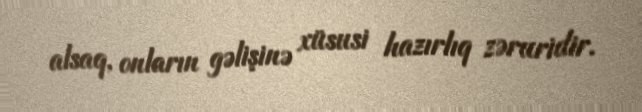
alsaq, onların gəlişinə xüsusi hazırlıq zəruridir.